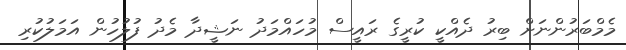
މެމްބަރުންނަށް ބިރު ދެއްކީ ކުރީގެ ރައީސް މުހައްމަދު ނަޝީދާ މެދު ފުލުހުން އަމަލުކުރި